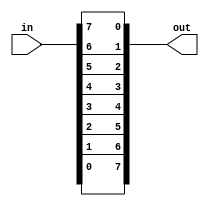
module top_module( 
    input [7:0] in,
    output [7:0] out
);

    generate
        genvar i;
        for (i = 0; i < 8; i = i + 1) begin: loop
            assign out[i] = in[8 - i - 1];
        end
    endgenerate

endmodule